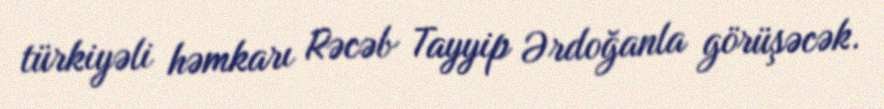
türkiyəli həmkarı Rəcəb Tayyip Ərdoğanla görüşəcək.